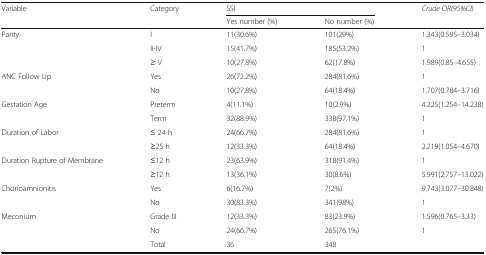
| <ROWSPAN=2> Variable | <ROWSPAN=2> Category | <COLSPAN=2> SSI | <ROWSPAN=2> Crude OR(95%CI) |
 | Yes number (%) | No number (%) |
 | --- | --- | --- | --- | --- |
 | <ROWSPAN=3> Parity | I | 11(30.6%) | 101(29%) | 1.343(0.595–3.034) |
 | II-IV | 15(41.7%) | 185(53.2%) | 1 |
 | ≥ V | 10(27.8%) | 62(17.8%) | 1.989(0.85–4.655) |
 | <ROWSPAN=2> ANC Follow Up | Yes | 26(72.2%) | 284(81.6%) | 1 |
 | No | 10(27.8%) | 64(18.4%) | 1.707(0.784–3.716) |
 | <ROWSPAN=2> Gestation Age | Preterm | 4(11.1%) | 10(2.9%) | 4.225(1.254–14.238) |
 | Term | 32(88.9%) | 338(97.1%) | 1 |
 | <ROWSPAN=2> Duration of Labor | ≤ 24 h | 24(66.7%) | 284(81.6%) | 1 |
 | ≥25 h | 12(33.3%) | 64(18.4%) | 2.219(1.054–4.670) |
 | <ROWSPAN=2> Duration Rupture of Membrane | ≤12 h | 23(63.9%) | 318(91.4%) | 1 |
 | ≥12 h | 13(36.1%) | 30(8.6%) | 5.991(2.757–13.022) |
 | <ROWSPAN=2> Chorioamnionitis | Yes | 6(16.7%) | 7(2%) | 9.743(3.077–30.848) |
 | No | 30(83.3%) | 341(98%) | 1 |
 | <ROWSPAN=3> Meconium | Grade III | 12(33.3%) | 83(23.9%) | 1.596(0.765–3.33) |
 | No | 24(66.7%) | 265(76.1%) | 1 |
 | Total | 36 | 348 |  |